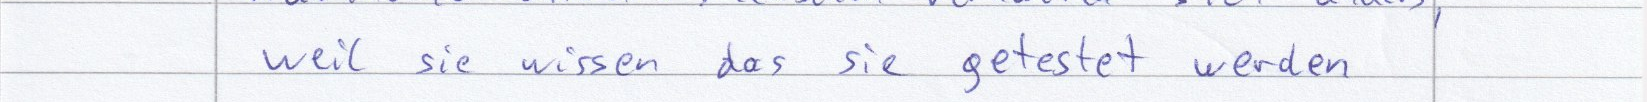
weil sie wissen das sie getestet werden